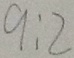
9 : 2